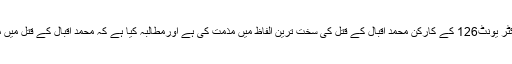
دریں اثناء ایم کیوایم کی رابطہ کمیٹی نے ایم کیوایم اورنگی ٹاؤن سیکٹر یونٹ126 کے کارکن محمد اقبال کے قتل کی سخت ترین الفاظ میں مذمت کی ہے اورمطالبہ کیا ہے کہ محمد اقبال کے قتل میں ملوث دہشت گردوں کوگرفتارکرکے قانون کے مطابق سزادی جائے۔